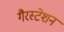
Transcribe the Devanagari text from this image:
गैरस्टेशन